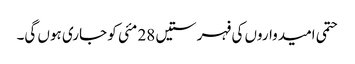
حتمی امیدواروں کی فہرستیں 28 مئی کو جاری ہوں گی۔